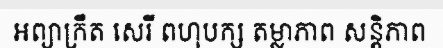
អព្យាក្រឹត សេរី ពហុបក្ស តម្លាភាព សន្តិភាព